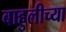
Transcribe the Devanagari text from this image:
बाहुलीच्या